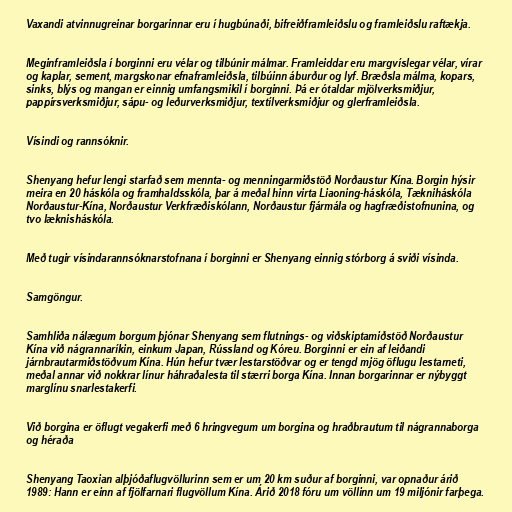
Vaxandi atvinnugreinar borgarinnar eru í hugbúnaði, bifreiðframleiðslu og framleiðslu raftækja.

Meginframleiðsla í borginni eru vélar og tilbúnir málmar. Framleiddar eru margvíslegar vélar, vírar
og kaplar, sement, margskonar efnaframleiðsla, tilbúinn áburður og lyf. Bræðsla málma, kopars,
sinks, blýs og mangan er einnig umfangsmikil í borginni. Þá er ótaldar mjölverksmiðjur,
pappírsverksmiðjur, sápu- og leðurverksmiðjur, textílverksmiðjur og glerframleiðsla.

Vísindi og rannsóknir.

Shenyang hefur lengi starfað sem mennta- og menningarmiðstöð Norðaustur Kína. Borgin hýsir
meira en 20 háskóla og framhaldsskóla, þar á meðal hinn virta Liaoning-háskóla, Tækniháskóla
Norðaustur-Kína, Norðaustur Verkfræðiskólann, Norðaustur fjármála og hagfræðistofnunina, og
tvo læknisháskóla.

Með tugir vísindarannsóknarstofnana í borginni er Shenyang einnig stórborg á sviði vísinda.

Samgöngur.

Samhliða nálægum borgum þjónar Shenyang sem flutnings- og viðskiptamiðstöð Norðaustur
Kína við nágrannaríkin, einkum Japan, Rússland og Kóreu. Borginni er ein af leiðandi
járnbrautarmiðstöðvum Kína. Hún hefur tvær lestarstöðvar og er tengd mjög öflugu lestarneti,
meðal annar við nokkrar línur háhraðalesta til stærri borga Kína. Innan borgarinnar er nýbyggt
marglínu snarlestakerfi.

Við borgina er öflugt vegakerfi með 6 hringvegum um borgina og hraðbrautum til nágrannaborga
og héraða

Shenyang Taoxian alþjóðaflugvöllurinn sem er um 20 km suður af borginni, var opnaður árið
1989: Hann er einn af fjölfarnari flugvöllum Kína. Árið 2018 fóru um völlinn um 19 miljónir farþega.